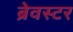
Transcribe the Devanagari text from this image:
ब्रेवस्टर